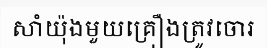
សាំយ៉ុងមួយគ្រឿងត្រូវចោរ